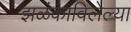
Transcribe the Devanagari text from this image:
झळंकाविलेल्या